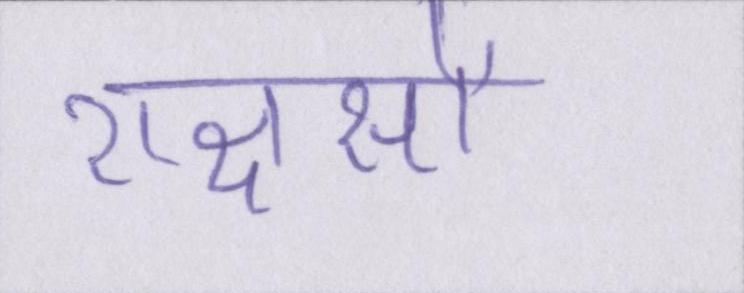
राक्षसों